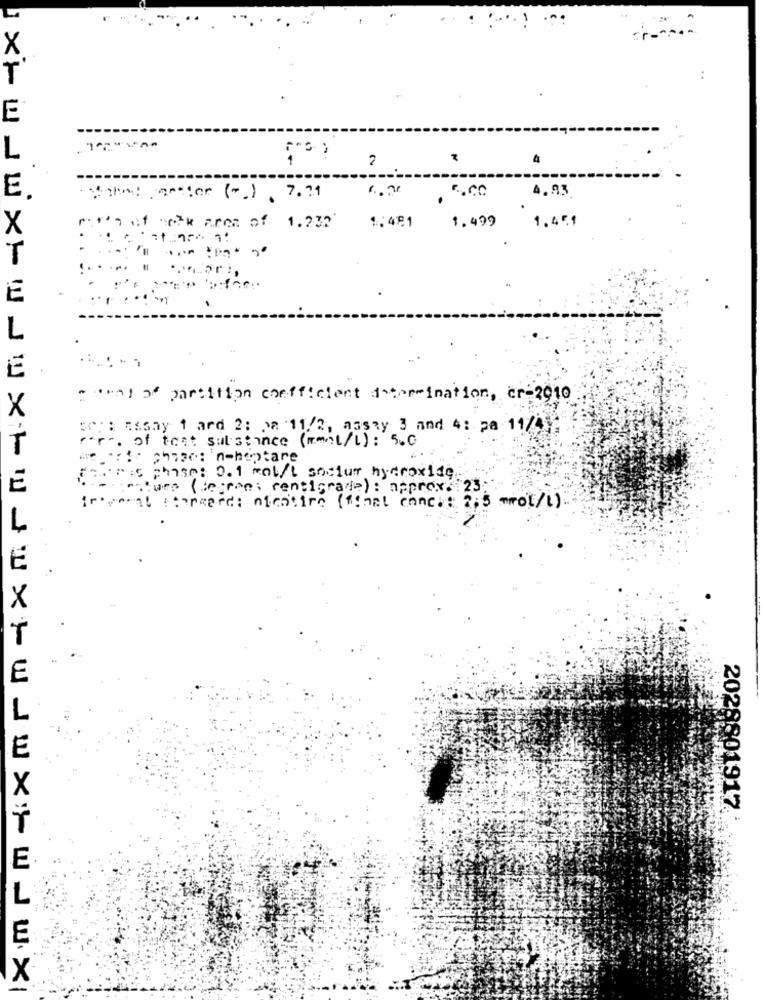
. ..
X
E
2
4
E
4.93
Viho: erster ( .. ), 7.74
1.481
1.451
', of neck aron of 1.232
1.499
E
seat of partition coefficient determination, cr-2010
sep : csany 1 ard 2: pa 11/2, assay 3 and 4: pa 11/442
r. of teat substance (mol/L): 5.0
chape: n-hoptare
Pris phase: 0.1 mol/l socium hydroxide
Burs (degrees centigrade): approx. 23
in gment stercard: nfcatire (final conc. : 2,5 mmol/L)
2028801917
1xwJwxxxudwuJux|